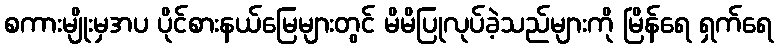
စကားမျိုးမှအပ ပိုင်စားနယ်မြေများတွင် မိမိပြုလုပ်ခဲ့သည်များကို မြိန်ရေ ရှက်ရေ